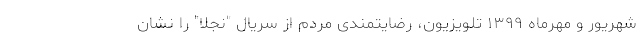
شهریور و مهرماه ۱۳۹۹ تلویزیون، رضایتمندی مردم از سریال "نجلا" را نشان